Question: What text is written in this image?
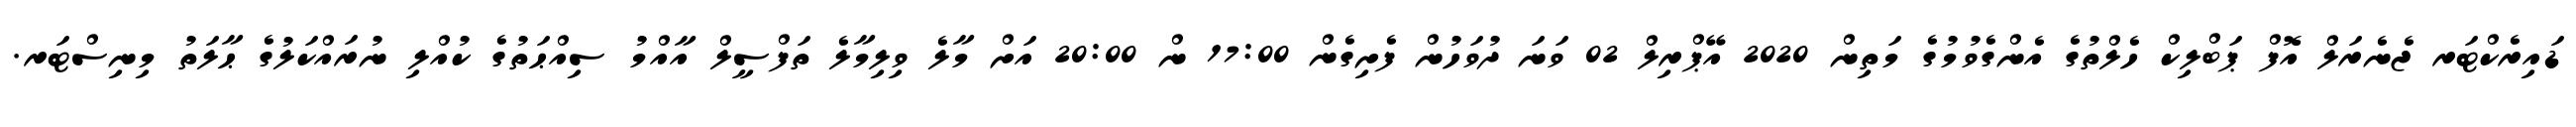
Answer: ޑައިރެކްޓަރ ޖެނެރަލް އޮފް ޕަބްލިކް ހެލްތުގެ އެންގެވުމުގެ މަތިން 2020 އޭޕްރިލް 02 ވަނަ ދުވަހުން ފެށިގެން 17:00 ން 20:00 އަށް މާލެ ވިލިމާލެ ތަފްސީލް އާއްމު ސިއްޙަތުގެ ކުއްލި ނުރައްކަލުގެ ޙާލަތު މިނިސްޓަރ.